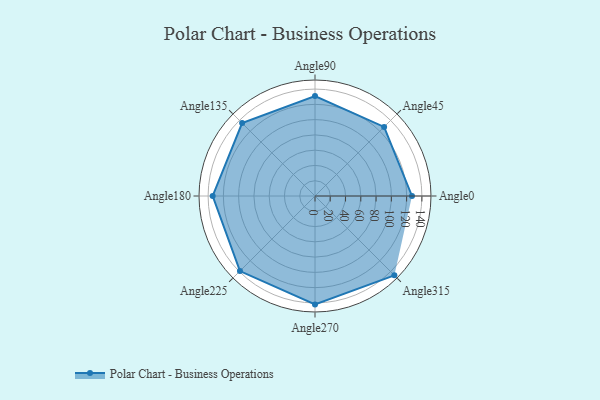
{"axis": {"x": "Angle", "y": "Radius"}, "legend": [""], "data": [{"x": "Angle0", "y": 127.0, "type": ""}, {"x": "Angle45", "y": 128.0, "type": ""}, {"x": "Angle90", "y": 131.0, "type": ""}, {"x": "Angle135", "y": 135.0, "type": ""}, {"x": "Angle180", "y": 134.0, "type": ""}, {"x": "Angle225", "y": 139.0, "type": ""}, {"x": "Angle270", "y": 142.0, "type": ""}, {"x": "Angle315", "y": 147.0, "type": ""}]}